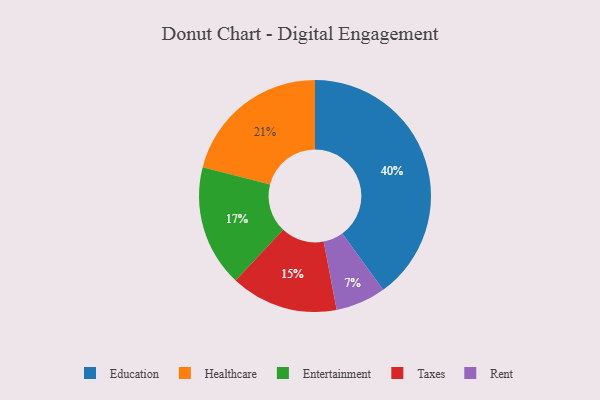
{"axis": {"x": "Category", "y": "Percentage"}, "legend": ["Education", "Entertainment", "Healthcare", "Rent", "Taxes"], "data": [{"x": "Taxes", "y": 15, "type": "Taxes"}, {"x": "Rent", "y": 7, "type": "Rent"}, {"x": "Education", "y": 40, "type": "Education"}, {"x": "Healthcare", "y": 21, "type": "Healthcare"}, {"x": "Entertainment", "y": 17, "type": "Entertainment"}]}